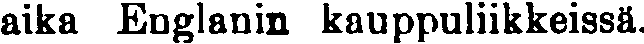
aika Englanin kauppuliikkeissä.